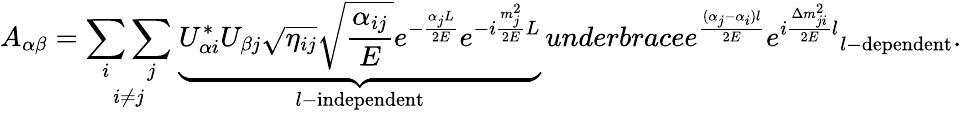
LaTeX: A_{\alpha\beta}=\underset{i\neq j}{\sum_{i}\sum_{j}}\ \underbrace{U_{\alpha i}^{*}U_{\beta j}\sqrt{\eta_{ij}}\sqrt{\frac{\alpha_{ij}}{E}}e^{-\frac{\alpha_{j}L}{2E}}e^{-i\frac{m_{j}^{2}}{2E}L}}_{l\mathrm{-independent}}\, underbrace{e^{\frac{(\alpha_{j}-\alpha_{i})l}{2E}}e^{i\frac{\Delta m_{ji}^{2}}{2E}l}}_{l\mathrm{-dependent}}.